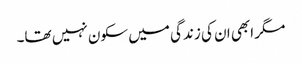
مگر ابھی ان کی زندگی میں سکون نہیں تھا۔